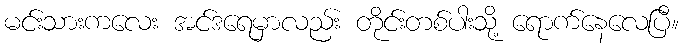
မင်းသားကလေး အင်ဒရေမှာလည်း တိုင်းတစ်ပါးသို့ ရောက်နေလေပြီ။